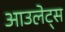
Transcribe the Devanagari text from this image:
आउलेट्स